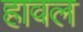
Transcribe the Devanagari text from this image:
हावल